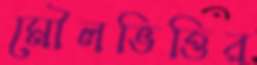
মৌলভিত্তির